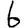
Digit: 6